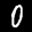
Label: 0